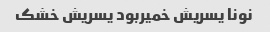
نونا یسریش خمیربود یسریش خشک